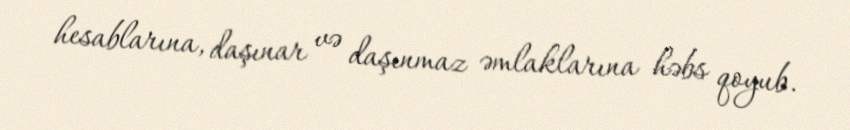
hesablarına, daşınar və daşınmaz əmlaklarına həbs qoyub.